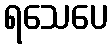
ရသေပေ